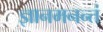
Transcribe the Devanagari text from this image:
ज्ञानमनन्तं